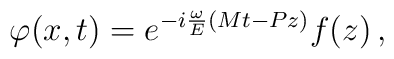
\varphi (x,t)=e^{-i\frac \omega E(Mt-Pz)}f(z)\,,